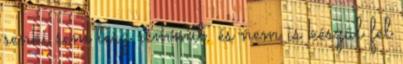
senki sem tesz semmit. és nem is készül fel